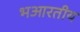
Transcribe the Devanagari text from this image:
भआरतीय